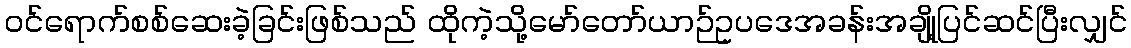
ဝင်ရောက်စစ်ဆေးခဲ့ခြင်းဖြစ်သည် ထိုကဲ့သို့မော်တော်ယာဉ်ဥပဒေအခန်းအချို့ပြင်ဆင်ပြီးလျှင်